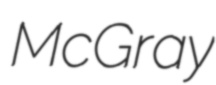
McGray